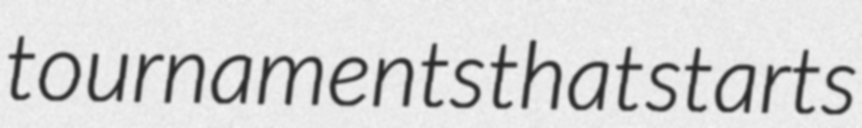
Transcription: tournaments that starts